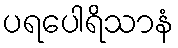
ပရပေါရိသာနံ